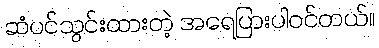
ဆံပင်သွင်းထားတဲ့ အရေပြားပါဝင်တယ်။